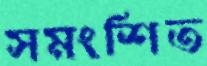
সমংশিত